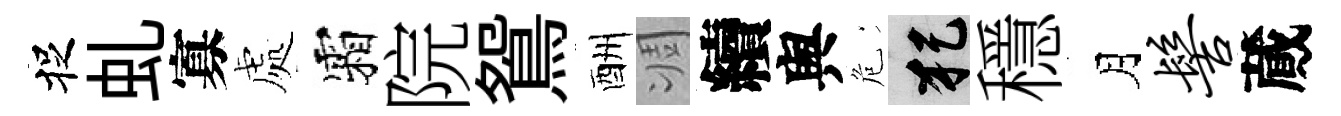
捉虬寡處霜院鴛酬凋續舆危犯穩月髻蕆